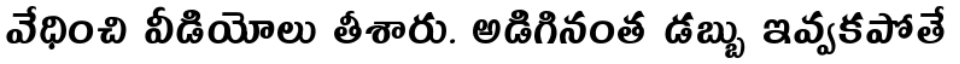
వేధించి వీడియోలు తీశారు. అడిగినంత డబ్బు ఇవ్వకపోతే